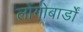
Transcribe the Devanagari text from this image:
लोंगोबार्डों